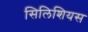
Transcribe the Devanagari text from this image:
सिलिशियस